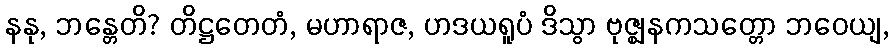
နနု, ဘန္တေတိ? တိဋ္ဌတေတံ, မဟာရာဇ, ဟဒယရူပံ ဒိသွာ ဗုဇ္ဈနကသတ္တော ဘဝေယျ,